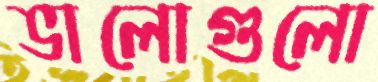
ভালোগুলো